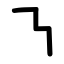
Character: ㇎